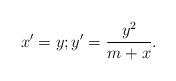
LaTeX: \begin{align*}x' = y;y' = \frac{y^2}{m + x}.\end{align*}